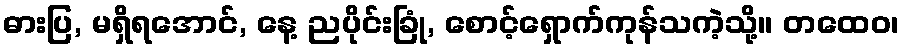
ဓားပြ, မရှိရအောင်, နေ့ ညပိုင်းခြုံ, စောင့်ရှောက်ကုန်သကဲ့သို့။ တထေဝ၊